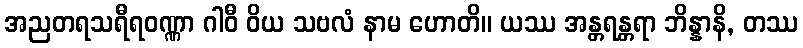
အညတရသရီရဝဏ္ဏာ ဂါဝီ ဝိယ သဗလံ နာမ ဟောတိ။ ယဿ အန္တရန္တရာ ဘိန္နာနိ, တဿ